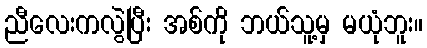
ညီလေးကလွဲပြီး အစ်ကို ဘယ်သူ့မှ မယုံဘူး။